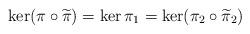
LaTeX: \begin{align*}\ker (\pi \circ \widetilde{\pi}) = \ker \pi_1 = \ker (\pi_2 \circ \widetilde{\pi}_2)\end{align*}